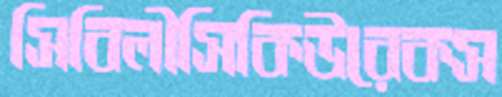
সিবিলীসিকিউরেকস